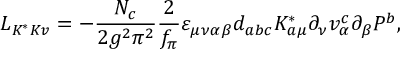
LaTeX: { \cal L } _ { K ^ { * } K v } = - \frac { N _ { c } } { 2 g ^ { 2 } \pi ^ { 2 } } { \frac { 2 } { f _ { \pi } } } \varepsilon _ { \mu \nu \alpha \beta } d _ { a b c } K _ { a \mu } ^ { * } \partial _ { \nu } v _ { \alpha } ^ { c } \partial _ { \beta } P ^ { b } ,